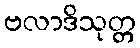
ဗလာဒိသုတ္တ